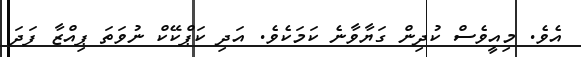
އެވެ. މިއީވެސް ކުދިން ގަޔާވާނެ ކަމަކެވެ. އަދި ކަޕްކޭކް ނުވަތަ ޕިއްޒާ ފަދަ